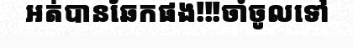
អត់បានឆែកផង!!!ចាំចូលទៅ